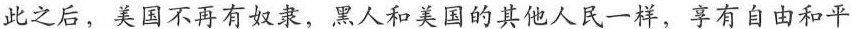
此之后，美国不再有奴隶，黑人和美国的其他人民一样，享有自由和平